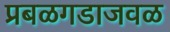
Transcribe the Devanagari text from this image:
प्रबळगडाजवळ